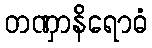
တဏှာနိရောဓံ